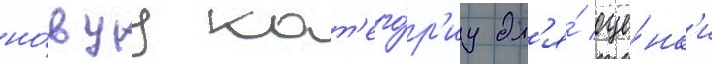
но́вуу кат'его́р'иу дл'я́ оце́нк'и